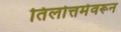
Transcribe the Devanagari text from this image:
तिलोत्तमेवरून